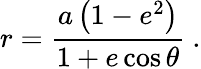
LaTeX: r={\frac{a\left(1-e^{2}\right)}{1+e\cos\theta}}\ .